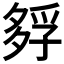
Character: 𡦄